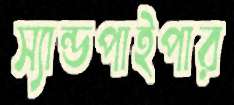
স্যান্ডপাইপার